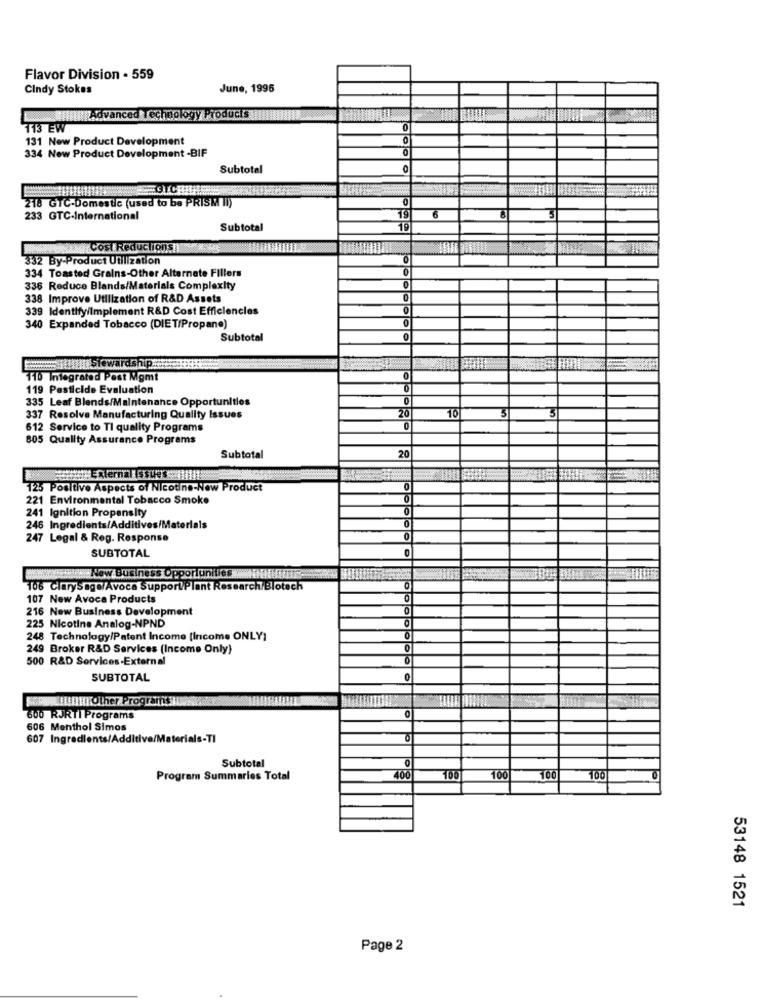
Flavor Division - 559
Cindy Stokes
June, 1995
IlAdvanced Technology Products
113 EW
0
131 New Product Development
334 New Product Development -BIF
Subtotal
218 GTC-Domestic (used to be PRISM II)
19
233 GTC-International
Subtotal
Cost Reductions
332 By-Product Utilization
334 Toasted Grains-Other Alternate Fillers
0
336 Reduce Blands/Materials Complexity
338 Improve Utilization of R&D Assets
339 Identify/implement R&D Cost Efficiencies
O
340 Expanded Tobacco (DIET/Propano)
Subtotal
qstewardship
110 Integrated Pest Mgmt
119 Pesticide Evaluation
0
335 Leaf Blends/Maintenance Opportunities
0
20
337 Resolve Manufacturing Quality Issues
10
612 Service to Ti quality Programs
0
805 Quality Assurance Programs
20
Subtotal
125 Positive Aspects of Nicotine-New Product
221 Environmental Tobacco Smoke
241 Ignition Propensity
0
0
246 Ingredients/Additives/M
247 Legal & Reg. Response
0
SUBTOTAL
0
www. New Business Opportunities HHHHHTR
106 Clarysage/Avoca SupportPlant Research Blotech
107 New Avoca Products
216 New Business Development
225 Nicotine Analog-NPND
O
248 Technology/Patent Income [Income ONLY)
249 Broker R&D Services (Income Only)
500 R&D Services-External
SUBTOTAL
!!!!!! | Other Programs
0
600 RJRTI Programs
606 Menthol Simos
607 Ingredients/Additive/Materials-TI
0
Subtotal
Program Summaries Total
400
100
100
100
100
53148 1521
Page 2